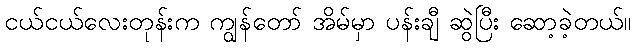
ငယ်ငယ်လေးတုန်းက ကျွန်တော် အိမ်မှာ ပန်းချီ ဆွဲပြီး ဆော့ခဲ့တယ်။